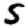
Digit: 5